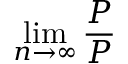
\operatorname* { l i m } _ { n \to \infty } { \frac { P } { P } }